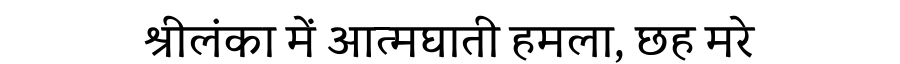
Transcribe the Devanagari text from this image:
श्रीलंका में आत्मघाती हमला, छह मरे